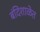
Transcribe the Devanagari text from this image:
बंदिशाळेत